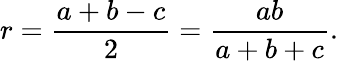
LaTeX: r={\frac{a+b-c}{2}}={\frac{ab}{a+b+c}}.